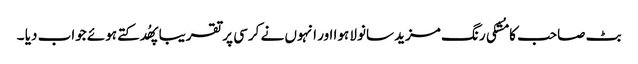
بٹ صاحب کا مُشکی رنگ مزید سانولا ہوا اور انہوں نے کرسی پر تقریبا پھُدکتے ہوئے جواب دیا ۔